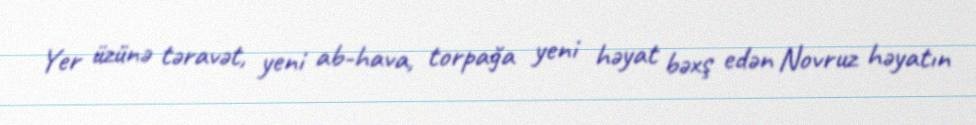
Yer üzünə təravət, yeni ab-hava, torpağa yeni həyat bəxş edən Novruz həyatın